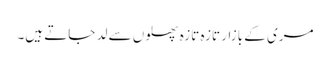
مری کے بازار تازہ تازہ پھلوں سے لد جاتے ہیں۔